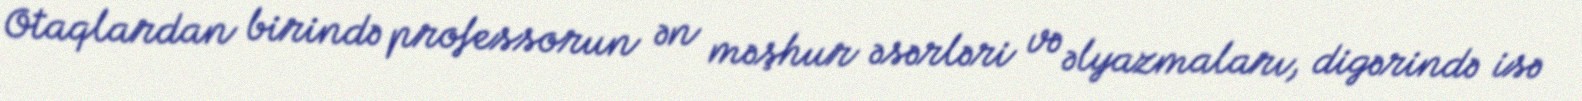
Otaqlardan birində professorun ən məşhur əsərləri və əlyazmaları, digərində isə